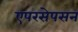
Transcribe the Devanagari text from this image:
एपरसेपसन